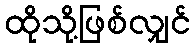
ထိုသို့ဖြစ်လျှင်